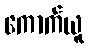
ကောက်ယူ